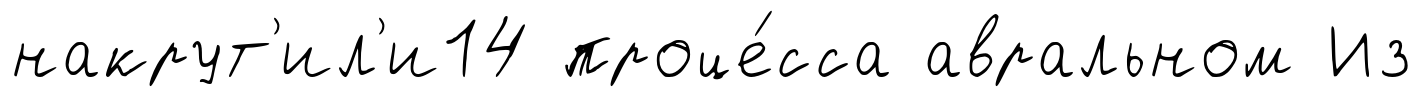
накрут'ил'и14 проце́сса авральном Из